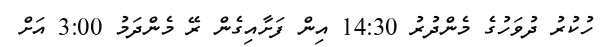
ހުކުރު ދުވަހުގެ މެންދުރު 14:30 އިން ފަށާއިގެން ރޭ މެންދަމު 3:00 އަށް